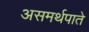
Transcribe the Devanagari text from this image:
असमर्थपाते